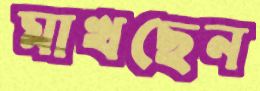
মাখছেন